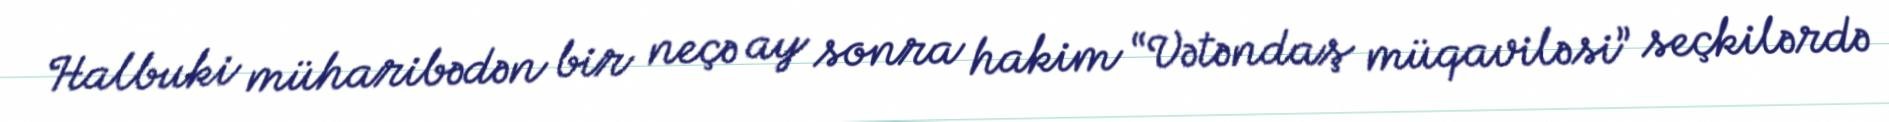
Halbuki müharibədən bir neçə ay sonra hakim “Vətəndaş müqaviləsi” seçkilərdə